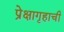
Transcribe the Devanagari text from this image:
प्रेक्षागृहाची